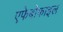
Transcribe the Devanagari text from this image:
एफेबोफाइल